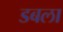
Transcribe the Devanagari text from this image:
डबला